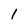
Character: 1